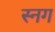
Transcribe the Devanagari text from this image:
स्नग